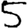
Digit: 5